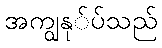
အကျွနု်ပ်သည်